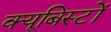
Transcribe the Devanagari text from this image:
क्यूबिस्टों